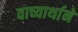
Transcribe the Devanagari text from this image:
वाच्यार्थाने